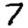
Digit: 7